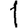
Digit: 1